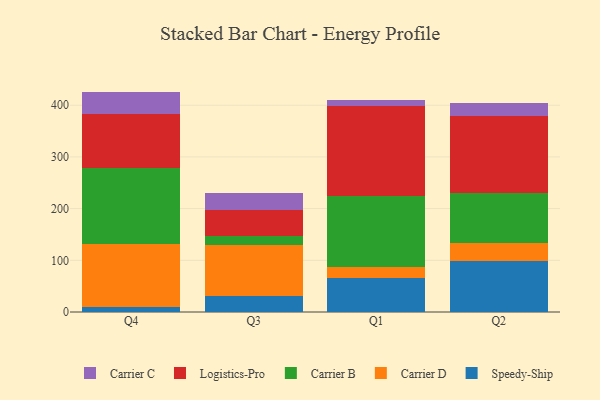
{"axis": {"x": "Quarter", "y": "Humidity (%)"}, "legend": ["Carrier B", "Carrier C", "Carrier D", "Logistics-Pro", "Speedy-Ship"], "data": [{"x": "Q4", "y": 9.8, "type": "Speedy-Ship"}, {"x": "Q4", "y": 121.2, "type": "Carrier D"}, {"x": "Q4", "y": 148.4, "type": "Carrier B"}, {"x": "Q4", "y": 104.2, "type": "Logistics-Pro"}, {"x": "Q4", "y": 42.7, "type": "Carrier C"}, {"x": "Q3", "y": 31.5, "type": "Speedy-Ship"}, {"x": "Q3", "y": 97.5, "type": "Carrier D"}, {"x": "Q3", "y": 18.3, "type": "Carrier B"}, {"x": "Q3", "y": 50.2, "type": "Logistics-Pro"}, {"x": "Q3", "y": 33.1, "type": "Carrier C"}, {"x": "Q1", "y": 65.6, "type": "Speedy-Ship"}, {"x": "Q1", "y": 21.5, "type": "Carrier D"}, {"x": "Q1", "y": 137.4, "type": "Carrier B"}, {"x": "Q1", "y": 174.3, "type": "Logistics-Pro"}, {"x": "Q1", "y": 10.5, "type": "Carrier C"}, {"x": "Q2", "y": 98.5, "type": "Speedy-Ship"}, {"x": "Q2", "y": 35.2, "type": "Carrier D"}, {"x": "Q2", "y": 97.2, "type": "Carrier B"}, {"x": "Q2", "y": 147.4, "type": "Logistics-Pro"}, {"x": "Q2", "y": 26.8, "type": "Carrier C"}]}